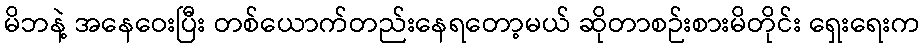
မိဘနဲ့ အနေဝေးပြီး တစ်ယောက်တည်းနေရတော့မယ် ဆိုတာစဉ်းစားမိတိုင်း ရှေးရေးက